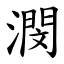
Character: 潣